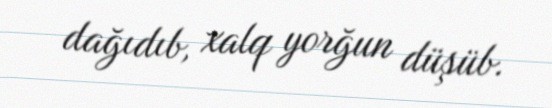
dağıdıb, xalq yorğun düşüb.